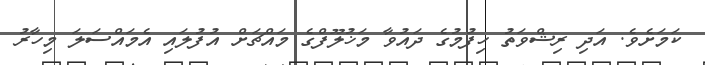
ކަމަށެވެ. އަދި ރިޝްވަތު ހިފުމުގެ ދައުވާ މަޚުލޫފްގެ މައްޗަށް އުފުލައި އެމައްސަލަ މިހާރު